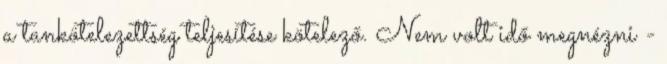
a tankötelezettség teljesítése kötelező. Nem volt idő megnézni -